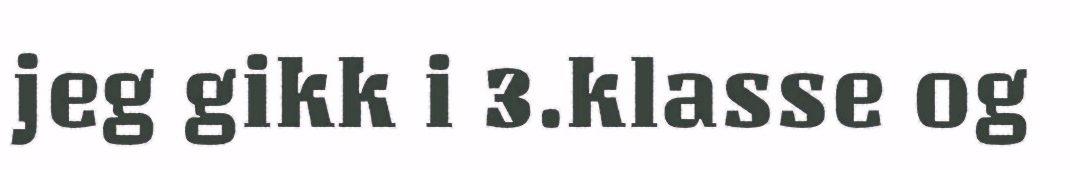
jeg gikk i 3.klasse og